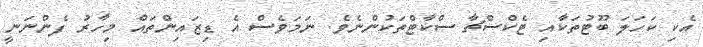
އެކި ކަހަލަ ބޫޓުތަކާއި ޓެކްސްޗާ ސްކާޓްތަކުންނެވެ. ނަމަވެސް އެ ޑިޒައިންތައް މިހާރު ފެންނަނީ